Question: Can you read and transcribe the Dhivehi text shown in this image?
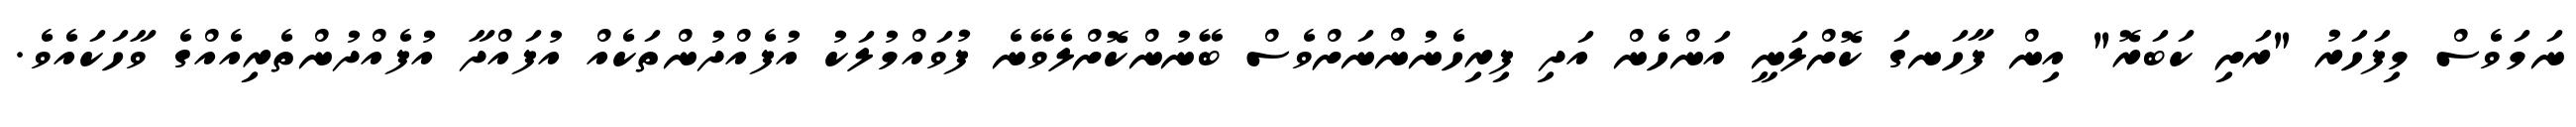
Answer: ނަމަވެސް މިފަހަރު "ރަށި ކަބަރޮ" އިން ފާހަނގަ ކޮށްލަނީ އަންހެން އަދި ފިރިހެނުންނަށްވެސް ބޭނުންކޮށްލެވޭނެ ފުވައްމުލަކު އުފެއްދުންތަކެއް އުފައްދާ އުފެއްދުންތެރިއެއްގެ ވާހަކައެވެ.